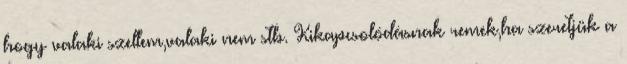
hogy valaki szellem,valaki nem stb. Kikapcsolódásnak remek,ha szeretjük a